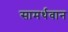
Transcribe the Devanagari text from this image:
सामर्थवान